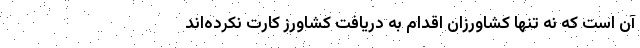
آن است که نه تنها کشاورزان اقدام به دریافت کشاورز کارت ‌نکرده‌اند